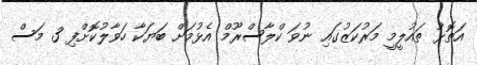
އަތޮޅު ތައުލީމީ މަރުކަޒުގައި ނުވަ ކްލާސްރޫމް އެޅުމަށް ބަޔަކާ ހަވާލުކޮށްފި 3 މަސް